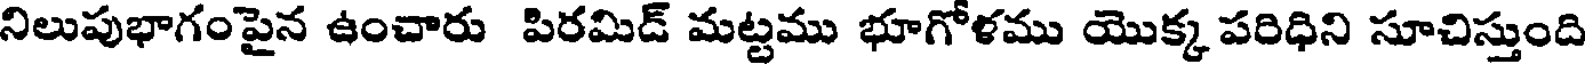
నిలుపుభాగంపైన ఉంచారు పిరమిడ్ మట్టము భూగోళము యొక్క పరిధిని సూచిస్తుంది